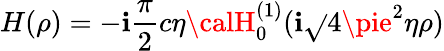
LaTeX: H(\rho)=-\mathbf{i}\frac{{\pi}}{{2}}c\eta{\calH}_{0}^{(1)}(\mathbf{i}\sqrt{}{{4\pie^{2}}}\eta\rho)